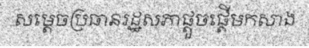
សម្តេចប្រធានរដ្ឋសភាផ្តួចផ្តើមកសាង